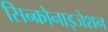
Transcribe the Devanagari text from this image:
सिन्क्रोनाइजेशन